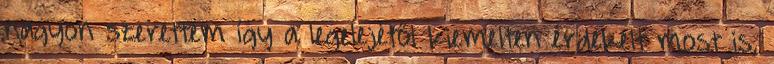
nagyon szerettem így a legelejétől kiemelten érdekelt most is,